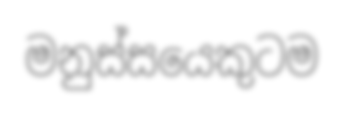
මනුස්සයෙකුටම